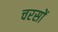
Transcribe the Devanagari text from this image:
चरसों